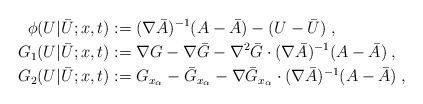
\begin{align*}\phi (U | \bar U;x,t) &:= (\nabla \bar A)^{-1} (A - \bar A ) - (U - \bar U)\;,\\G_1(U | \bar U;x,t) &:= \nabla G- \nabla \bar G - \nabla^2 \bar G \cdot (\nabla \bar A)^{-1} (A - \bar A )\;,\\G_2(U | \bar U;x,t) &:=G_{x_\alpha} - \bar G_{x_\alpha} - \nabla \bar G_{x_\alpha} \cdot (\nabla \bar A)^{-1} (A - \bar A )\;,\end{align*}